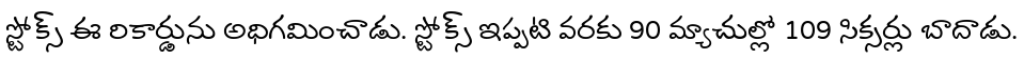
స్టోక్స్ ఈ రికార్డును అధిగమించాడు. స్టోక్స్ ఇప్పటి వరకు 90 మ్యాచుల్లో 109 సిక్సర్లు బాదాడు.